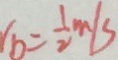
b = \frac { 1 } { 2 } m / s